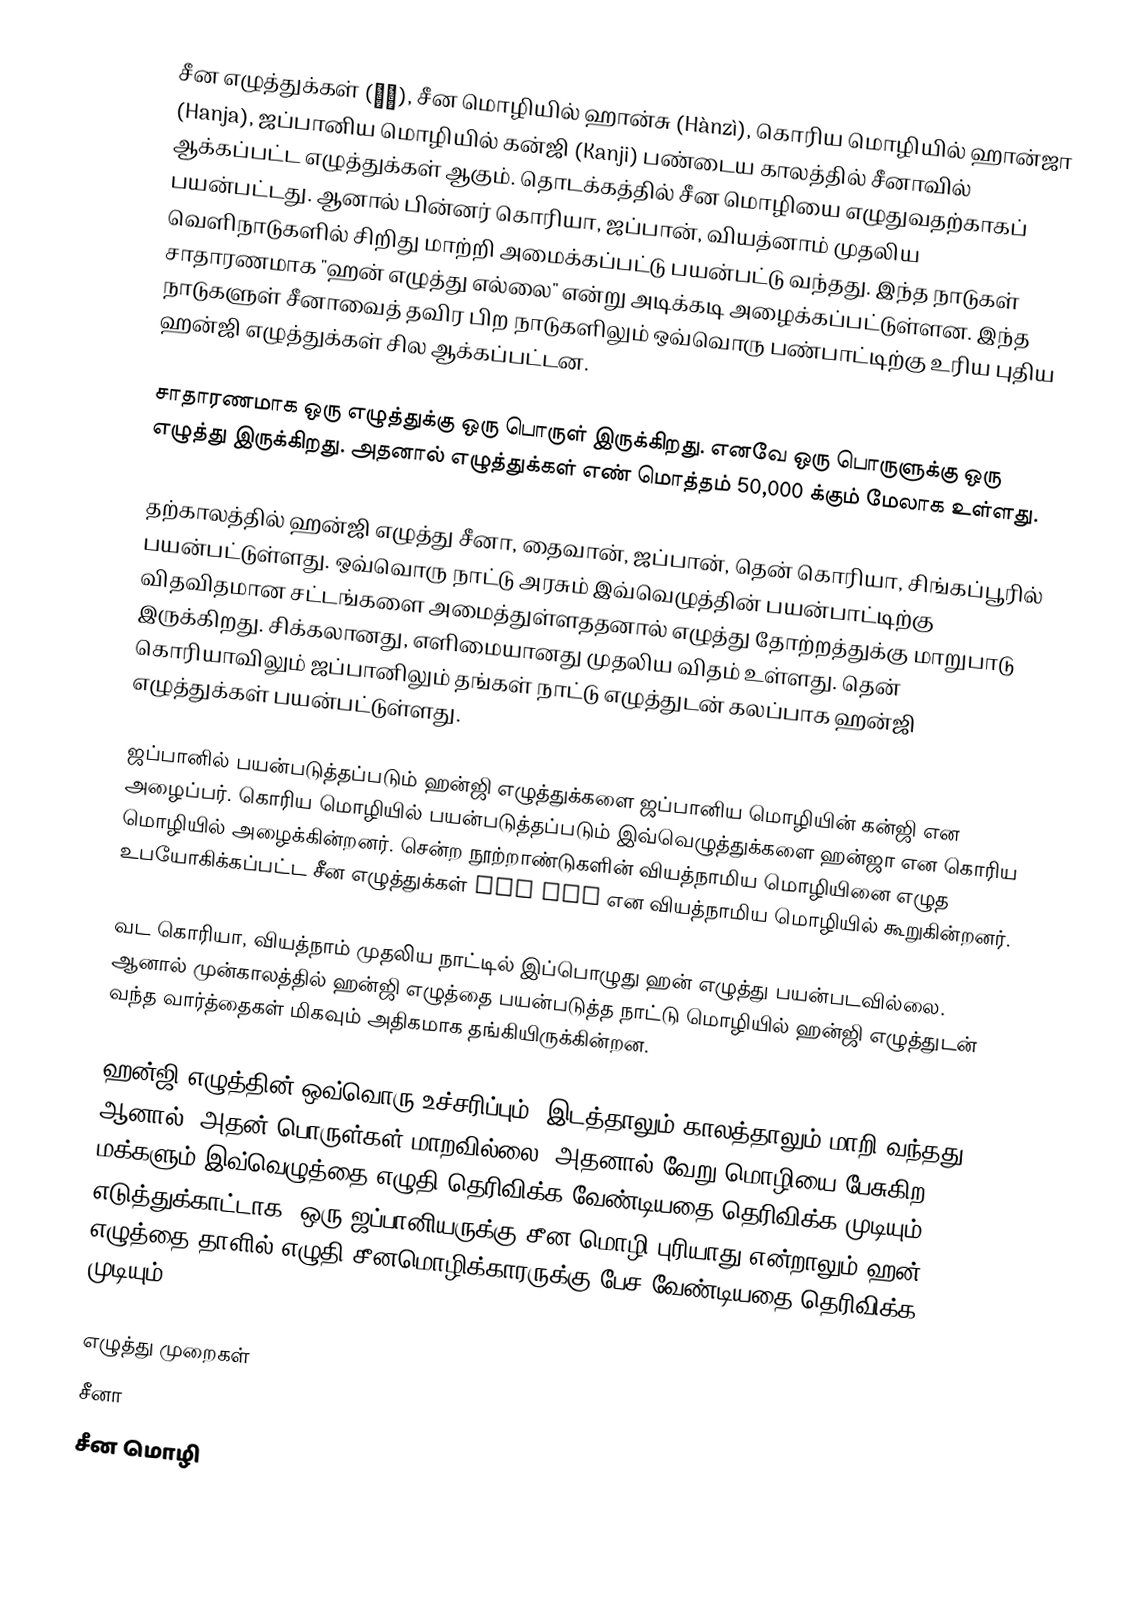
சீன எழுத்துக்கள் (漢字), சீன மொழியில் ஹான்சு (Hànzì), கொரிய மொழியில் ஹான்ஜா (Hanja), ஜப்பானிய மொழியில் கன்ஜி (Kanji) பண்டைய காலத்தில் சீனாவில் ஆக்கப்பட்ட எழுத்துக்கள் ஆகும். தொடக்கத்தில் சீன மொழியை எழுதுவதற்காகப் பயன்பட்டது. ஆனால் பின்னர் கொரியா, ஜப்பான், வியத்னாம் முதலிய வெளிநாடுகளில் சிறிது மாற்றி அமைக்கப்பட்டு பயன்பட்டு வந்தது. இந்த நாடுகள் சாதாரணமாக "ஹன் எழுத்து எல்லை" என்று அடிக்கடி அழைக்கப்பட்டுள்ளன. இந்த நாடுகளுள் சீனாவைத் தவிர பிற நாடுகளிலும் ஒவ்வொரு பண்பாட்டிற்கு உரிய புதிய ஹன்ஜி எழுத்துக்கள் சில ஆக்கப்பட்டன.

சாதாரணமாக ஒரு எழுத்துக்கு ஒரு பொருள் இருக்கிறது. எனவே ஒரு பொருளுக்கு ஒரு எழுத்து இருக்கிறது. அதனால் எழுத்துக்கள் எண் மொத்தம் 50,000 க்கும் மேலாக உள்ளது.

தற்காலத்தில் ஹன்ஜி எழுத்து சீனா, தைவான், ஜப்பான், தென் கொரியா, சிங்கப்பூரில் பயன்பட்டுள்ளது. ஒவ்வொரு நாட்டு அரசும் இவ்வெழுத்தின் பயன்பாட்டிற்கு விதவிதமான சட்டங்களை அமைத்துள்ளததனால் எழுத்து தோற்றத்துக்கு மாறுபாடு இருக்கிறது. சிக்கலானது, எளிமையானது முதலிய விதம் உள்ளது. தென் கொரியாவிலும் ஜப்பானிலும் தங்கள் நாட்டு எழுத்துடன் கலப்பாக ஹன்ஜி எழுத்துக்கள் பயன்பட்டுள்ளது.

ஜப்பானில் பயன்படுத்தப்படும் ஹன்ஜி எழுத்துக்களை ஜப்பானிய மொழியின் கன்ஜி என அழைப்பர். கொரிய மொழியில் பயன்படுத்தப்படும் இவ்வெழுத்துக்களை ஹன்ஜா என கொரிய மொழியில் அழைக்கின்றனர். சென்ற நூற்றாண்டுகளின் வியத்நாமிய மொழியினை எழுத உபயோகிக்கப்பட்ட சீன எழுத்துக்கள் Chữ Nôm என வியத்நாமிய மொழியில் கூறுகின்றனர்.

வட கொரியா, வியத்நாம் முதலிய நாட்டில் இப்பொழுது ஹன் எழுத்து பயன்படவில்லை. ஆனால் முன்காலத்தில் ஹன்ஜி எழுத்தை பயன்படுத்த நாட்டு மொழியில் ஹன்ஜி எழுத்துடன் வந்த வார்த்தைகள் மிகவும் அதிகமாக தங்கியிருக்கின்றன.

ஹன்ஜி எழுத்தின் ஒவ்வொரு உச்சரிப்பும், இடத்தாலும் காலத்தாலும் மாறி வந்தது. ஆனால், அதன் பொருள்கள் மாறவில்லை. அதனால் வேறு மொழியை பேசுகிற மக்களும் இவ்வெழுத்தை எழுதி தெரிவிக்க வேண்டியதை தெரிவிக்க முடியும். எடுத்துக்காட்டாக, ஒரு ஜப்பானியருக்கு சீன மொழி புரியாது என்றாலும் ஹன் எழுத்தை தாளில் எழுதி சீனமொழிக்காரருக்கு பேச வேண்டியதை தெரிவிக்க முடியும்.

எழுத்து முறைகள்
சீனா
சீன மொழி